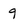
Character: 9